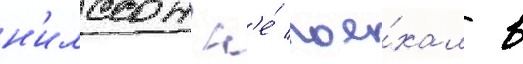
н'илссон н'е́ пое́хал в